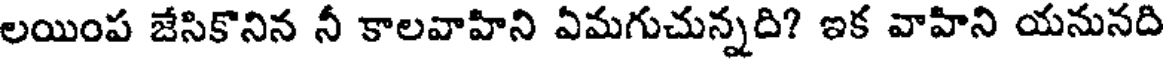
లయింప జేసికొనిన నీ కాలవాహిని ఏమగుచున్నది? ఇక వాహిని యనునది